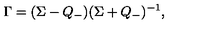
\Gamma = ( \Sigma - Q _ { - } ) ( \Sigma + Q _ { - } ) ^ { - 1 } ,